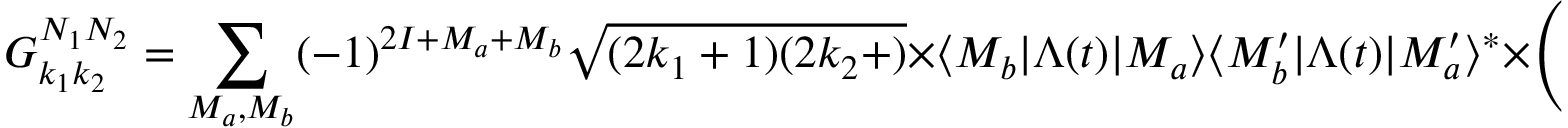
G _ { k _ { 1 } k _ { 2 } } ^ { N _ { 1 } N _ { 2 } } = \sum _ { M _ { a } , M _ { b } } ( - 1 ) ^ { 2 I + M _ { a } + M _ { b } } { \sqrt { ( 2 k _ { 1 } + 1 ) ( 2 k _ { 2 } + ) } } \times \langle M _ { b } | \Lambda ( t ) | M _ { a } \rangle \langle M _ { b } ^ { \prime } | \Lambda ( t ) | M _ { a } ^ { \prime } \rangle ^ { * } \times { \left( \begin{array} { l l l } { I } & { I } & { k _ { 1 } } \\ { M _ { a } ^ { \prime } } & { - M _ { a } } & { N _ { 1 } } \end{array} \right) } { \left( \begin{array} { l l l } { I } & { I } & { k _ { 2 } } \\ { M _ { b } ^ { \prime } } & { - M _ { b } } & { N _ { 2 } } \end{array} \right) }